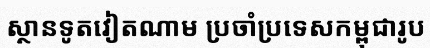
ស្ថានទូតវៀតណាម ប្រចាំប្រទេសកម្ពុជារូប